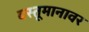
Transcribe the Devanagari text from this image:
वस्तूमानावर